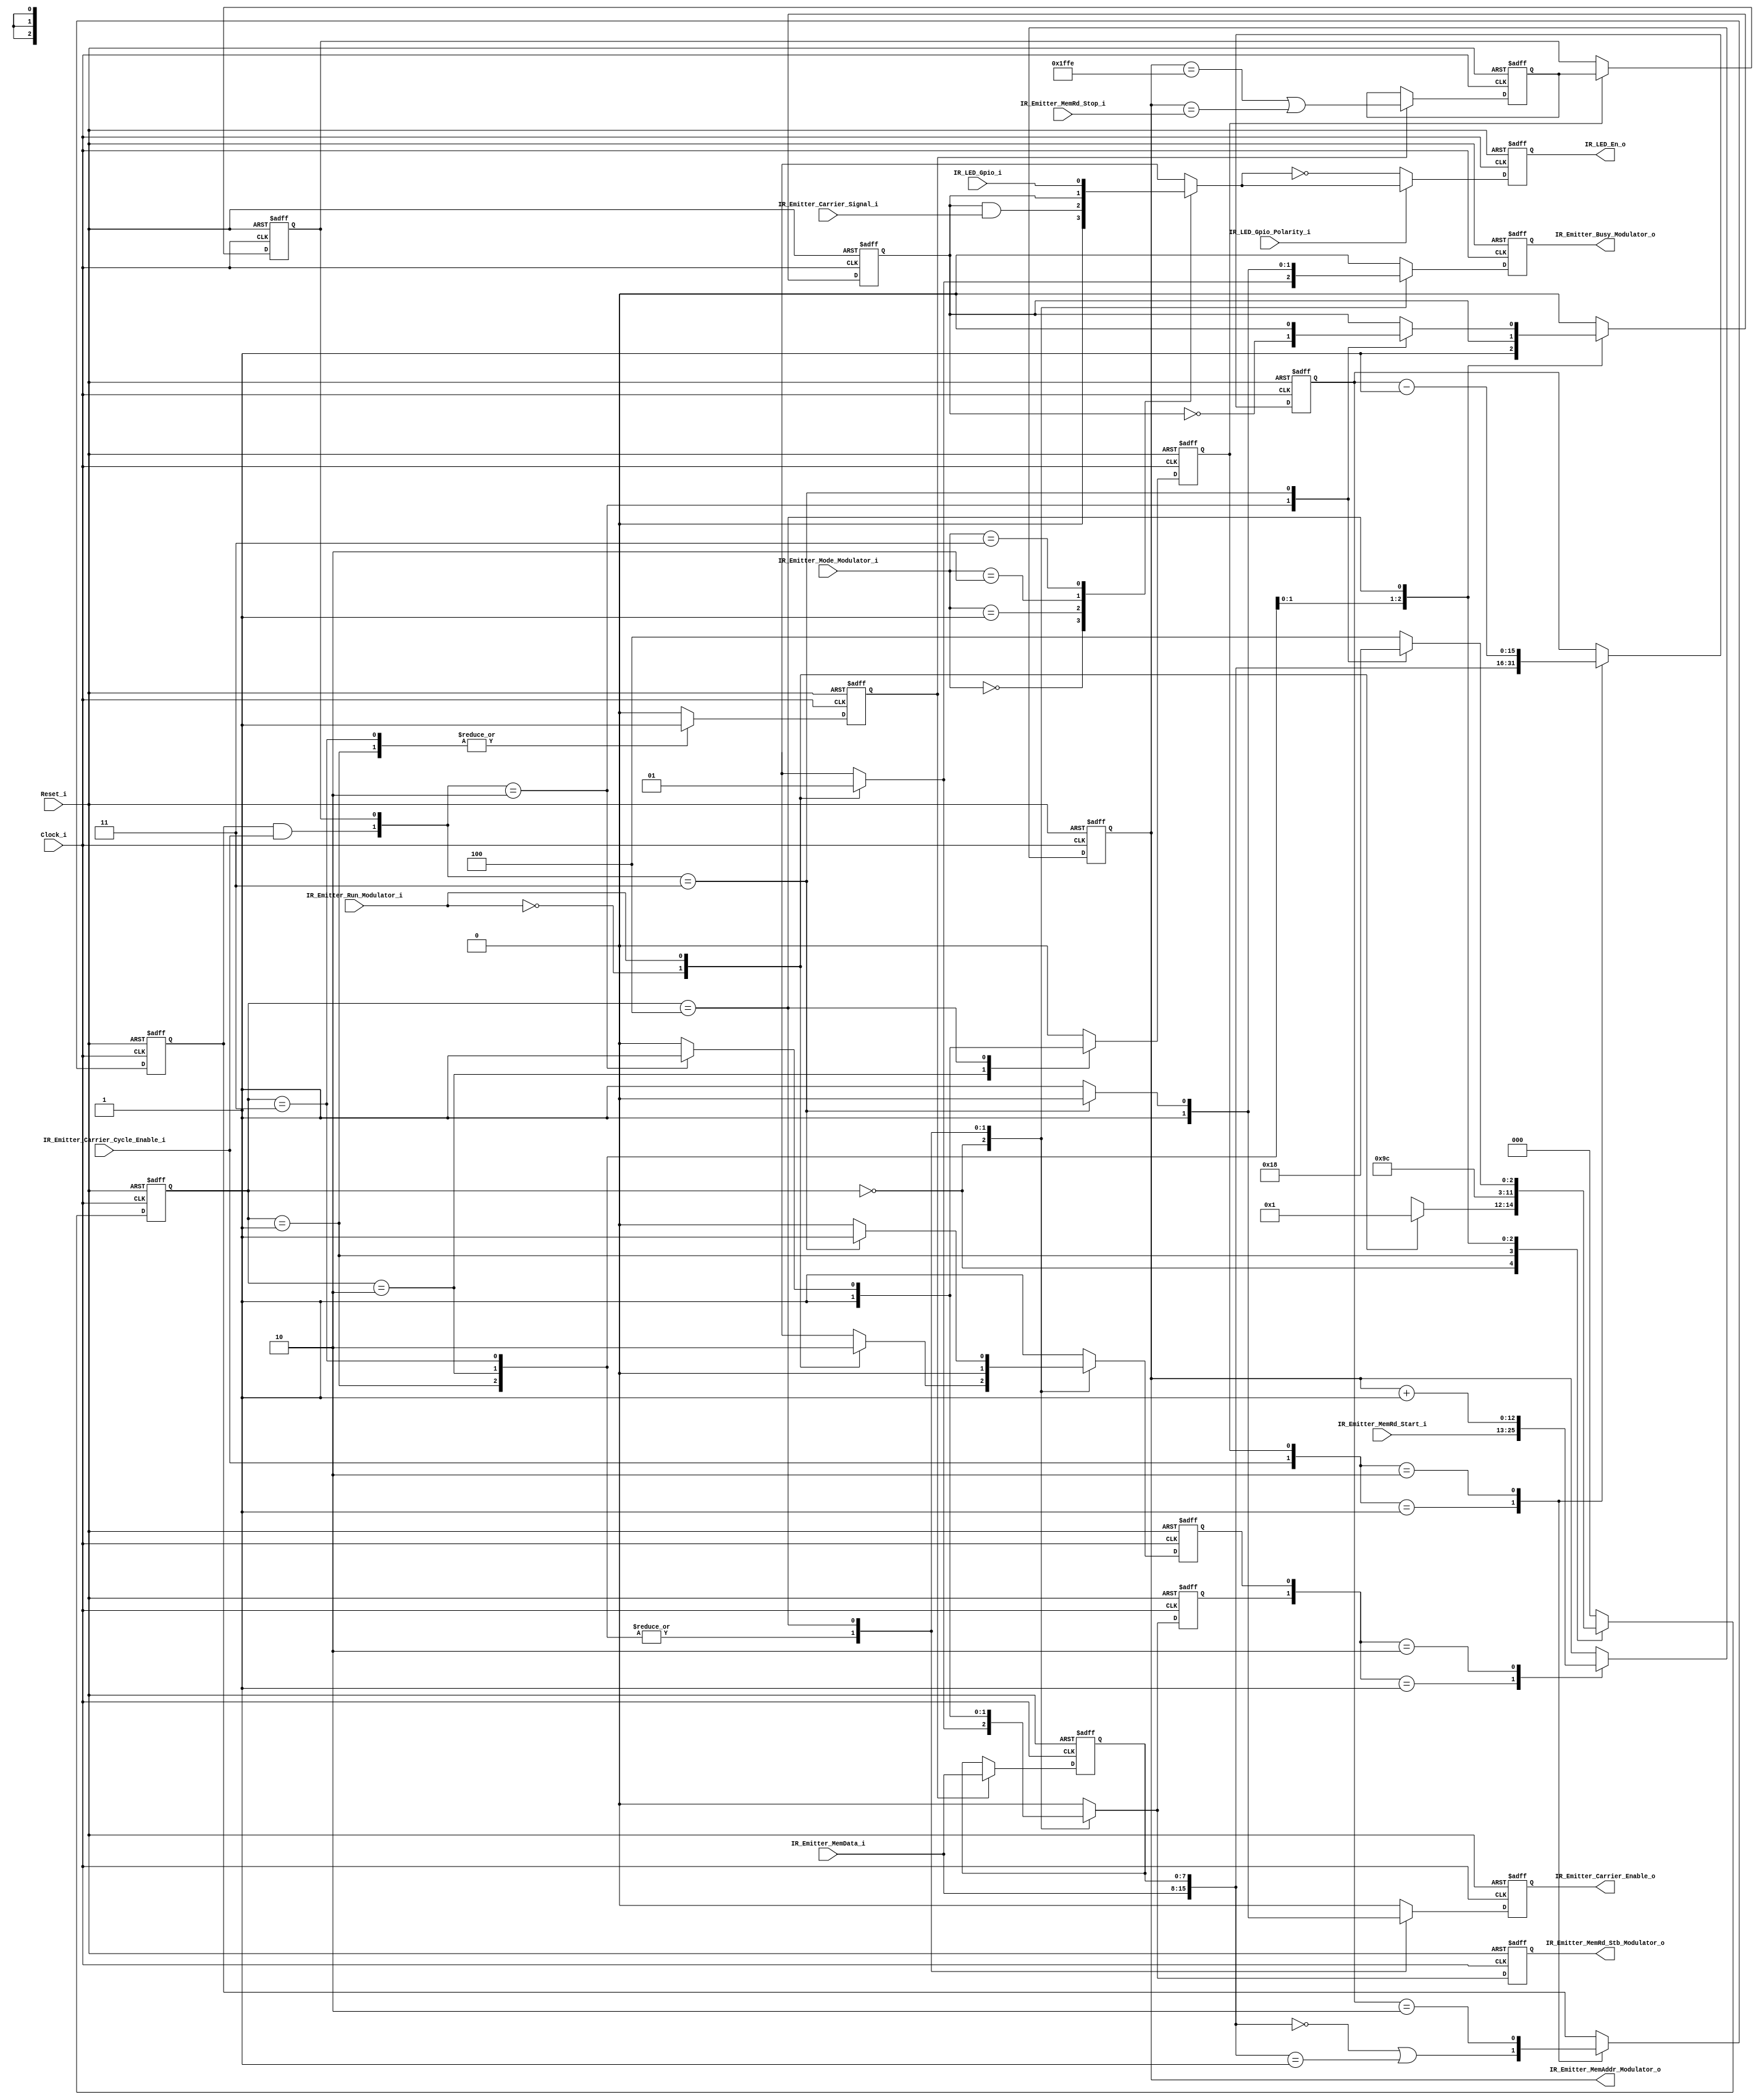
// -----------------------------------------------------------------------------
// title          : IR Emitter Interface Modulator Module
// project        : IR Hub
// -----------------------------------------------------------------------------
// company        : QuickLogic Corp
// last update    : 2014/02/04
// platform       : PolarPro III
// standard       : Verilog 2001
// -----------------------------------------------------------------------------
// description: The IR Hub provides a way to control an external IR LED to act
//              as an IR TV remote, and as a way to transfer Bar Code
//              information to a Point-Of-Sale termainal.
//
//              The IR Emitter Modulator generates the key operations to generate
//              the output signal to the external IR LED.
// -----------------------------------------------------------------------------
// copyright (c) 2014
// -----------------------------------------------------------------------------
// revisions  :
// date            version    author         description
// 2014/02/04      1.0        Glen Gomes     created
// -----------------------------------------------------------------------------
// Comments: This solution is specifically for use with the QuickLogic
//           PolarPro III device.
// -----------------------------------------------------------------------------

`timescale 1ns/10ps

module IR_Emitter_Modulator (

                Clock_i,
                Reset_i,

                IR_Emitter_Carrier_Cycle_Enable_i,
                IR_Emitter_Carrier_Signal_i,

                IR_Emitter_Run_Modulator_i,
		        IR_Emitter_Mode_Modulator_i,

		        IR_Emitter_MemRd_Start_i,
		        IR_Emitter_MemRd_Stop_i,

				IR_Emitter_MemData_i,

                IR_LED_Gpio_Polarity_i,
		        IR_LED_Gpio_i,

                IR_Emitter_Carrier_Enable_o,

                IR_Emitter_Busy_Modulator_o,
                IR_Emitter_MemAddr_Modulator_o,
                IR_Emitter_MemRd_Stb_Modulator_o,

		        IR_LED_En_o

                );


//-----Port Parameters-----------------
//

parameter       HOST_DATA_OUT_BITS   =  8;

parameter       MEM_BLOCK_DATA_BITS  =  9;

parameter       MEM_ADR_BUS_BITS     = 13;
parameter       MEM_MAX_PHYS_SIZE    = 8191;
	
parameter       MODULATOR_PULSE_BITS = 16;
parameter       MODULATOR_STATE_BITS =  3;

//-----Port Signals--------------------
//

input                            Clock_i;
input                            Reset_i;

input                            IR_Emitter_Carrier_Cycle_Enable_i;
input                            IR_Emitter_Carrier_Signal_i;

input                            IR_Emitter_Run_Modulator_i;          // IR Emitter Statemachine Run Command
input                      [1:0] IR_Emitter_Mode_Modulator_i;         // IR Emitter Statemachine Operating Mode

input     [MEM_ADR_BUS_BITS-1:0] IR_Emitter_MemRd_Start_i;
input     [MEM_ADR_BUS_BITS-1:0] IR_Emitter_MemRd_Stop_i;

input   [HOST_DATA_OUT_BITS-1:0] IR_Emitter_MemData_i;

input                            IR_LED_Gpio_Polarity_i;              // IR LED Controlled via "General Purpose I/O" polarity
input                            IR_LED_Gpio_i;                       // IR LED Controlled via "General Purpose I/O"

output                           IR_Emitter_Carrier_Enable_o;

output                           IR_Emitter_Busy_Modulator_o;         // IR Emitter Statemachine is busy generating IR waveforms
output    [MEM_ADR_BUS_BITS-1:0] IR_Emitter_MemAddr_Modulator_o;      // IR Emitter Statemachine controlled memory read address
output                           IR_Emitter_MemRd_Stb_Modulator_o;    // IR Emitter Statemachine controlled memory read strobe

output                           IR_LED_En_o;


wire                             Clock_i;
wire                             Reset_i;

wire                             IR_Emitter_Carrier_Cycle_Enable_i;
wire                             IR_Emitter_Carrier_Signal_i;

wire                             IR_Emitter_Run_Modulator_i;          // IR Emitter Statemachine Run Command
wire                       [1:0] IR_Emitter_Mode_Modulator_i;         // IR Emitter Statemachine Operating Mode

wire      [MEM_ADR_BUS_BITS-1:0] IR_Emitter_MemRd_Start_i;
wire      [MEM_ADR_BUS_BITS-1:0] IR_Emitter_MemRd_Stop_i;

wire    [HOST_DATA_OUT_BITS-1:0] IR_Emitter_MemData_i;

wire                             IR_LED_Gpio_Polarity_i;              // IR LED Controlled via "General Purpose I/O" polarity
wire                             IR_LED_Gpio_i;                       // IR LED Controlled via "General Purpose I/O"

reg                              IR_Emitter_Carrier_Enable_o;

reg                              IR_Emitter_Busy_Modulator_o;         // IR Emitter Statemachine is busy generating IR waveforms
reg       [MEM_ADR_BUS_BITS-1:0] IR_Emitter_MemAddr_Modulator_o;      // IR Emitter Statemachine controlled memory read address
reg                              IR_Emitter_MemRd_Stb_Modulator_o;    // IR Emitter Statemachine controlled memory read strobe

reg                              IR_LED_En_o;


//------Internal Signals-------------------
//

reg                              IR_Emitter_Carrier_Enable_o_nxt;

reg                              IR_Emitter_Busy_Modulator_o_nxt;

reg       [MEM_ADR_BUS_BITS-1:0] IR_Emitter_MemAddr_Modulator_o_nxt;

reg                              IR_Emitter_MemAddr_Modulator_o_ce;
reg                              IR_Emitter_MemAddr_Modulator_o_ce_nxt;

reg                              IR_Emitter_MemAddr_Modulator_o_ld;
reg                              IR_Emitter_MemAddr_Modulator_o_ld_nxt;

wire                             IR_Emitter_MemAddr_Modulator_o_tc_nxt;

reg                              IR_Emitter_MemAddr_Modulator_o_tc_lwr; 
reg                              IR_Emitter_MemAddr_Modulator_o_tc_upr; 

reg                              IR_Emitter_MemRd_Stb_Modulator_o_nxt;


reg   [MODULATOR_PULSE_BITS-1:0] IR_Emitter_Pulse_Modulator_o;
reg   [MODULATOR_PULSE_BITS-1:0] IR_Emitter_Pulse_Modulator_o_nxt;

reg                              IR_Emitter_Pulse_Modulator_o_ld_lwr;
reg                              IR_Emitter_Pulse_Modulator_o_ld_lwr_nxt;

reg                              IR_Emitter_Pulse_Modulator_o_ld_upr;
reg                              IR_Emitter_Pulse_Modulator_o_ld_upr_nxt;

reg                              IR_Emitter_Pulse_Modulator_o_tc;
reg                              IR_Emitter_Pulse_Modulator_o_tc_nxt;

reg    [MEM_BLOCK_DATA_BITS-2:0] IR_Emitter_MemData_lwr;

reg                              IR_Emitter_Pulse_Modulator_Signal;
reg                              IR_Emitter_Pulse_Modulator_Signal_nxt;

wire                             IR_LED_En_o_nxt;
reg                              IR_LED_En_o_sel;


reg   [MODULATOR_STATE_BITS-1:0] IR_Emitter_Modulator_State;
reg   [MODULATOR_STATE_BITS-1:0] IR_Emitter_Modulator_State_nxt;


//------Define Parameters------------------
//

parameter MODULATOR_STATE_IDLE           = 3'h0;
parameter MODULATOR_STATE_INIT_LOAD1     = 3'h1;
parameter MODULATOR_STATE_INIT_LOAD2     = 3'h2;
parameter MODULATOR_STATE_NEW_MOD_VALUE  = 3'h3;
parameter MODULATOR_STATE_WAIT_MOD_TERMC = 3'h4;


//------Logic Operations-------------------
//


// Define the IR Emitter's Registers
//
always @(posedge Clock_i or posedge Reset_i) 
begin
    if (Reset_i)
    begin
        IR_Emitter_Carrier_Enable_o           <= 1'b0;

        IR_Emitter_Busy_Modulator_o           <= 0;

        IR_Emitter_MemAddr_Modulator_o        <= 0;
        IR_Emitter_MemAddr_Modulator_o_ce     <= 1'b0;
        IR_Emitter_MemAddr_Modulator_o_ld     <= 1'b0;
        IR_Emitter_MemAddr_Modulator_o_tc_lwr <= 1'b0; 
        IR_Emitter_MemAddr_Modulator_o_tc_upr <= 1'b0; 

        IR_Emitter_Pulse_Modulator_o          <= 0;

        IR_Emitter_Pulse_Modulator_o_ld_lwr   <= 1'b0;
        IR_Emitter_Pulse_Modulator_o_ld_upr   <= 1'b0;
        IR_Emitter_Pulse_Modulator_o_tc       <= 1'b0;

		IR_Emitter_MemData_lwr                <= 0;

        IR_Emitter_MemRd_Stb_Modulator_o      <= 1'b0;
        IR_Emitter_Carrier_Enable_o           <= 1'b0;

        IR_Emitter_Pulse_Modulator_Signal     <= 1'b0;

        IR_LED_En_o                           <= 1'b0;

        IR_Emitter_Modulator_State            <= MODULATOR_STATE_IDLE;

    end
    else 
    begin  
        IR_Emitter_Busy_Modulator_o           <= IR_Emitter_Busy_Modulator_o_nxt;

        IR_Emitter_MemAddr_Modulator_o        <= IR_Emitter_MemAddr_Modulator_o_nxt;
        IR_Emitter_MemAddr_Modulator_o_ce     <= IR_Emitter_MemAddr_Modulator_o_ce_nxt;
        IR_Emitter_MemAddr_Modulator_o_ld     <= IR_Emitter_MemAddr_Modulator_o_ld_nxt;

        IR_Emitter_Pulse_Modulator_o          <= IR_Emitter_Pulse_Modulator_o_nxt;
        IR_Emitter_Pulse_Modulator_o_ld_lwr   <= IR_Emitter_Pulse_Modulator_o_ld_lwr_nxt;
        IR_Emitter_Pulse_Modulator_o_ld_upr   <= IR_Emitter_Pulse_Modulator_o_ld_upr_nxt;
        IR_Emitter_Pulse_Modulator_o_tc       <= IR_Emitter_Pulse_Modulator_o_tc_nxt;

		// Save the lower byte and address terminal count during the memory pre-fetch
		//
		if (IR_Emitter_Pulse_Modulator_o_ld_lwr)
		begin
		    IR_Emitter_MemData_lwr                <= IR_Emitter_MemData_i;
            IR_Emitter_MemAddr_Modulator_o_tc_lwr <= IR_Emitter_MemAddr_Modulator_o_tc_nxt;
        end

		// Output the address terminal count when the pre-fetched memory value is used.
		//
		if (IR_Emitter_Pulse_Modulator_o_ld_upr)
            IR_Emitter_MemAddr_Modulator_o_tc_upr <= IR_Emitter_MemAddr_Modulator_o_tc_lwr;

        IR_Emitter_MemRd_Stb_Modulator_o      <= IR_Emitter_MemRd_Stb_Modulator_o_nxt;
        IR_Emitter_Carrier_Enable_o           <= IR_Emitter_Carrier_Enable_o_nxt;

        IR_Emitter_Pulse_Modulator_Signal     <= IR_Emitter_Pulse_Modulator_Signal_nxt;

        IR_LED_En_o                           <= IR_LED_En_o_nxt;

        IR_Emitter_Modulator_State            <= IR_Emitter_Modulator_State_nxt;
	end
end


// Determine the type of output
// 
// Note: IR Remote operation does     require a carrier signal
//       Bar Code  operation does not require a carrier signal
//       GPIO      operation does not require a         signal
//
always@(
		IR_Emitter_Mode_Modulator_i       or
		IR_LED_Gpio_i                     or
        IR_Emitter_Pulse_Modulator_Signal or
		IR_Emitter_Carrier_Signal_i
       )
begin
    case(IR_Emitter_Mode_Modulator_i)
	2'b00:   IR_LED_En_o_sel <= 1'b0;
	2'b01:   IR_LED_En_o_sel <= IR_Emitter_Pulse_Modulator_Signal & IR_Emitter_Carrier_Signal_i ;
	2'b10:   IR_LED_En_o_sel <= IR_Emitter_Pulse_Modulator_Signal ;
	2'b11:   IR_LED_En_o_sel <= IR_LED_Gpio_i ;
	default: IR_LED_En_o_sel <= 1'b0 ;
	endcase

end

assign IR_LED_En_o_nxt = IR_LED_Gpio_Polarity_i ? IR_LED_En_o_sel : ~IR_LED_En_o_sel;


// Define the Modulator's Statemachine
//
// Note: This statemachine assumes that the Modulator Pulse values are:
//
//       -             a "ON"  code,
//       - followed by a "OFF" code, 
//       - followed by a "ON"  code,
//       - followed by a "OFF" code, etc.
//
always @(
		 IR_Emitter_Modulator_State            or
         IR_Emitter_Run_Modulator_i            or
		 IR_Emitter_Pulse_Modulator_o_tc       or
         IR_Emitter_MemAddr_Modulator_o_tc_upr or
         IR_Emitter_Pulse_Modulator_Signal     or
         IR_Emitter_Carrier_Cycle_Enable_i
        )
begin
    case(IR_Emitter_Modulator_State)
    MODULATOR_STATE_IDLE:
    begin
        IR_Emitter_Carrier_Enable_o_nxt             <= 1'b0;

        IR_Emitter_Pulse_Modulator_o_ld_lwr_nxt     <= 1'b0;
        IR_Emitter_Pulse_Modulator_o_ld_upr_nxt     <= 1'b0;

        IR_Emitter_Pulse_Modulator_Signal_nxt       <= 1'b0;

		case(IR_Emitter_Run_Modulator_i)
		1'b0:
		begin
            IR_Emitter_Modulator_State_nxt          <= MODULATOR_STATE_IDLE;

            IR_Emitter_Busy_Modulator_o_nxt         <= 1'b0;
            IR_Emitter_MemRd_Stb_Modulator_o_nxt    <= 1'b0;

            IR_Emitter_MemAddr_Modulator_o_ce_nxt   <= 1'b0;
            IR_Emitter_MemAddr_Modulator_o_ld_nxt   <= 1'b1;
		end
		1'b1:
		begin
            IR_Emitter_Modulator_State_nxt          <= MODULATOR_STATE_INIT_LOAD1;

            IR_Emitter_Busy_Modulator_o_nxt         <= 1'b1;
            IR_Emitter_MemRd_Stb_Modulator_o_nxt    <= 1'b1;

            IR_Emitter_MemAddr_Modulator_o_ce_nxt   <= 1'b1;
            IR_Emitter_MemAddr_Modulator_o_ld_nxt   <= 1'b0;
		end
        endcase
    end
    MODULATOR_STATE_INIT_LOAD1:
    begin
        IR_Emitter_Modulator_State_nxt              <= MODULATOR_STATE_INIT_LOAD2;
        IR_Emitter_Busy_Modulator_o_nxt             <= 1'b1;

        IR_Emitter_MemRd_Stb_Modulator_o_nxt        <= 1'b1;
        IR_Emitter_Carrier_Enable_o_nxt             <= 1'b1;

        IR_Emitter_MemAddr_Modulator_o_ce_nxt       <= 1'b1;
        IR_Emitter_MemAddr_Modulator_o_ld_nxt       <= 1'b0;

        IR_Emitter_Pulse_Modulator_o_ld_lwr_nxt     <= 1'b1;
        IR_Emitter_Pulse_Modulator_o_ld_upr_nxt     <= 1'b0;

        IR_Emitter_Pulse_Modulator_Signal_nxt       <= 1'b0;
    end
    MODULATOR_STATE_INIT_LOAD2:
    begin
        IR_Emitter_Modulator_State_nxt              <= MODULATOR_STATE_NEW_MOD_VALUE;
        IR_Emitter_Busy_Modulator_o_nxt             <= 1'b1;

        IR_Emitter_MemRd_Stb_Modulator_o_nxt        <= 1'b1;
        IR_Emitter_Carrier_Enable_o_nxt             <= 1'b1;

        IR_Emitter_MemAddr_Modulator_o_ce_nxt       <= 1'b1;
        IR_Emitter_MemAddr_Modulator_o_ld_nxt       <= 1'b0;

        IR_Emitter_Pulse_Modulator_o_ld_lwr_nxt     <= 1'b0;
        IR_Emitter_Pulse_Modulator_o_ld_upr_nxt     <= 1'b1;

        IR_Emitter_Pulse_Modulator_Signal_nxt       <= 1'b1;
    end
    MODULATOR_STATE_NEW_MOD_VALUE:
    begin
        IR_Emitter_Modulator_State_nxt              <= MODULATOR_STATE_WAIT_MOD_TERMC;
        IR_Emitter_Busy_Modulator_o_nxt             <= 1'b1;

        IR_Emitter_MemRd_Stb_Modulator_o_nxt        <= 1'b1;
        IR_Emitter_Carrier_Enable_o_nxt             <= 1'b1;

        IR_Emitter_MemAddr_Modulator_o_ce_nxt       <= 1'b1;
        IR_Emitter_MemAddr_Modulator_o_ld_nxt       <= 1'b0;

        IR_Emitter_Pulse_Modulator_o_ld_lwr_nxt     <= 1'b1;
        IR_Emitter_Pulse_Modulator_o_ld_upr_nxt     <= 1'b0;

        IR_Emitter_Pulse_Modulator_Signal_nxt       <= IR_Emitter_Pulse_Modulator_Signal;
    end
    MODULATOR_STATE_WAIT_MOD_TERMC:
    begin
        case({(IR_Emitter_Pulse_Modulator_o_tc      && 
               IR_Emitter_Carrier_Cycle_Enable_i    ),
               IR_Emitter_MemAddr_Modulator_o_tc_upr})
		default:
		begin
            IR_Emitter_Modulator_State_nxt          <= MODULATOR_STATE_WAIT_MOD_TERMC;
            IR_Emitter_Busy_Modulator_o_nxt         <= 1'b1;

            IR_Emitter_MemRd_Stb_Modulator_o_nxt    <= 1'b0;
            IR_Emitter_Carrier_Enable_o_nxt         <= 1'b1;

            IR_Emitter_MemAddr_Modulator_o_ce_nxt   <= 1'b0;
            IR_Emitter_MemAddr_Modulator_o_ld_nxt   <= 1'b0;

            IR_Emitter_Pulse_Modulator_o_ld_lwr_nxt <= 1'b0;
            IR_Emitter_Pulse_Modulator_o_ld_upr_nxt <= 1'b0;

            IR_Emitter_Pulse_Modulator_Signal_nxt   <= IR_Emitter_Pulse_Modulator_Signal;
        end
		2'b10:
		begin
            IR_Emitter_Modulator_State_nxt          <= MODULATOR_STATE_NEW_MOD_VALUE;
            IR_Emitter_Busy_Modulator_o_nxt         <= 1'b1;

            IR_Emitter_MemRd_Stb_Modulator_o_nxt    <= 1'b1;
            IR_Emitter_Carrier_Enable_o_nxt         <= 1'b1;

            IR_Emitter_MemAddr_Modulator_o_ce_nxt   <= 1'b1;
            IR_Emitter_MemAddr_Modulator_o_ld_nxt   <= 1'b0;

            IR_Emitter_Pulse_Modulator_o_ld_lwr_nxt <= 1'b0;
            IR_Emitter_Pulse_Modulator_o_ld_upr_nxt <= 1'b1;

            IR_Emitter_Pulse_Modulator_Signal_nxt   <= ~IR_Emitter_Pulse_Modulator_Signal;
        end
		2'b11:
		begin
            IR_Emitter_Modulator_State_nxt          <= MODULATOR_STATE_IDLE;
            IR_Emitter_Busy_Modulator_o_nxt         <= 1'b0;

            IR_Emitter_MemRd_Stb_Modulator_o_nxt    <= 1'b0;
            IR_Emitter_Carrier_Enable_o_nxt         <= 1'b0;

            IR_Emitter_MemAddr_Modulator_o_ce_nxt   <= 1'b0;
            IR_Emitter_MemAddr_Modulator_o_ld_nxt   <= 1'b1;

            IR_Emitter_Pulse_Modulator_o_ld_lwr_nxt <= 1'b0;
            IR_Emitter_Pulse_Modulator_o_ld_upr_nxt <= 1'b0;

            IR_Emitter_Pulse_Modulator_Signal_nxt   <= 1'b0;
        end
        endcase
    end
	default: 
    begin
        IR_Emitter_Modulator_State_nxt              <= MODULATOR_STATE_IDLE;
        IR_Emitter_Busy_Modulator_o_nxt             <= 1'b0;

        IR_Emitter_MemRd_Stb_Modulator_o_nxt        <= 1'b0;
        IR_Emitter_Carrier_Enable_o_nxt             <= 1'b0;

        IR_Emitter_MemAddr_Modulator_o_ce_nxt       <= 1'b0;
        IR_Emitter_MemAddr_Modulator_o_ld_nxt       <= 1'b1;

        IR_Emitter_Pulse_Modulator_o_ld_lwr_nxt     <= 1'b0;
        IR_Emitter_Pulse_Modulator_o_ld_upr_nxt     <= 1'b0;

        IR_Emitter_Pulse_Modulator_Signal_nxt       <= 1'b0;
    end
	endcase
end


// Define the Memory Address Pointer
//
// Note: The address pointer executes from a "start" point to a "stop" point.
//
always@(
        IR_Emitter_MemRd_Start_i          or
        IR_Emitter_MemAddr_Modulator_o    or
        IR_Emitter_MemAddr_Modulator_o_ce or
        IR_Emitter_MemAddr_Modulator_o_ld
       )
begin
    case({   IR_Emitter_MemAddr_Modulator_o_ce,
             IR_Emitter_MemAddr_Modulator_o_ld})
    2'b01:   IR_Emitter_MemAddr_Modulator_o_nxt <= IR_Emitter_MemRd_Start_i;
    2'b10:   IR_Emitter_MemAddr_Modulator_o_nxt <= IR_Emitter_MemAddr_Modulator_o + 1;
    default: IR_Emitter_MemAddr_Modulator_o_nxt <= IR_Emitter_MemAddr_Modulator_o;
	endcase
end


// Define the Memory Address Pointer terminal count
//
// Note: The address pointer executes from a "start" point to a "stop" point.
//
//       The Memory Address pointer should not go past the end of physcal memory. 
//       This will result in memory aliasing with unpredictable results.
//
assign IR_Emitter_MemAddr_Modulator_o_tc_nxt = (IR_Emitter_MemAddr_Modulator_o == (MEM_MAX_PHYS_SIZE-1))
                                             | (IR_Emitter_MemAddr_Modulator_o == (IR_Emitter_MemRd_Stop_i));


// Define the Modulator's Pulse Period
//
always@(
		IR_Emitter_MemData_i                or
		IR_Emitter_MemData_lwr              or
        IR_Emitter_Pulse_Modulator_o        or
        IR_Emitter_Carrier_Cycle_Enable_i   or
        IR_Emitter_Pulse_Modulator_o_ld_upr
       )
begin
    case({   IR_Emitter_Carrier_Cycle_Enable_i,
             IR_Emitter_Pulse_Modulator_o_ld_upr})
    2'b01:   IR_Emitter_Pulse_Modulator_o_nxt <= {IR_Emitter_MemData_i, IR_Emitter_MemData_lwr};
    2'b10:   IR_Emitter_Pulse_Modulator_o_nxt <=  IR_Emitter_Pulse_Modulator_o - 1;
    default: IR_Emitter_Pulse_Modulator_o_nxt <=  IR_Emitter_Pulse_Modulator_o;
	endcase
end


// Define the Modulator's Pulse Period Terminal Count
//
always@(
		IR_Emitter_MemData_i                or
		IR_Emitter_MemData_lwr              or
        IR_Emitter_Pulse_Modulator_o        or
        IR_Emitter_Carrier_Cycle_Enable_i   or
        IR_Emitter_Pulse_Modulator_o_ld_upr or
        IR_Emitter_Pulse_Modulator_o_tc
       )
begin
    case({   IR_Emitter_Carrier_Cycle_Enable_i,
             IR_Emitter_Pulse_Modulator_o_ld_upr})
    2'b01:   IR_Emitter_Pulse_Modulator_o_tc_nxt <= ({IR_Emitter_MemData_i, IR_Emitter_MemData_lwr} == 0)
                                                  | ({IR_Emitter_MemData_i, IR_Emitter_MemData_lwr} == 1);
    2'b10:   IR_Emitter_Pulse_Modulator_o_tc_nxt <= ( IR_Emitter_Pulse_Modulator_o == 2);
    default: IR_Emitter_Pulse_Modulator_o_tc_nxt <=   IR_Emitter_Pulse_Modulator_o_tc;
	endcase

end


//------Instantiate Modules----------------
//



endmodule